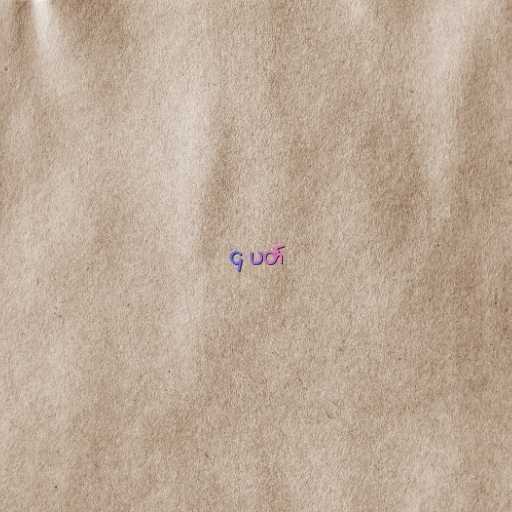
၄ ပတ်